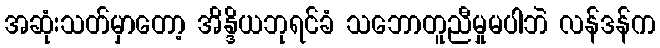
အဆုံးသတ်မှာတော့ အိန္ဒိယဘုရင်ခံ သဘောတူညီမှုမပါဘဲ လန်ဒန်က